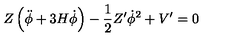
Z \left( \ddot { \phi } + 3 H \dot { \phi } \right) - \frac { 1 } { 2 } Z ^ { \prime } \dot { \phi } ^ { 2 } + V ^ { \prime } = 0